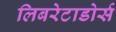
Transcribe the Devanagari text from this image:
लिबरेटाडोर्स